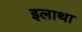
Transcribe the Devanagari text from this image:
इलाथा